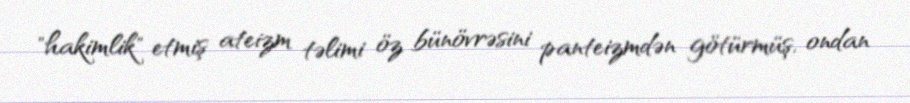
"hakimlik" etmiş ateizm təlimi öz bünövrəsini panteizmdən götürmüş, ondan